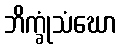
ဘိက္ခုံသံဃော